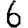
Digit: 6